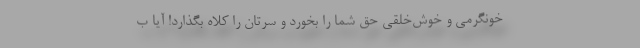
خونگرمی و خوش‌خلقی حقِ شما را بخورد و سرتان را کلاه بگذارد! آیا ب